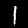
Label: 1